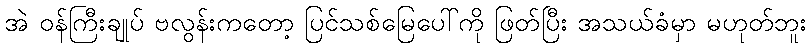
အဲ ဝန်ကြီးချုပ် ဗလွန်းကတော့ ပြင်သစ်မြေပေါ်ကို ဖြတ်ပြီး အသယ်ခံမှာ မဟုတ်ဘူး